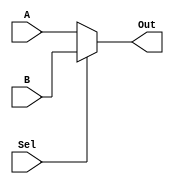
`timescale 1ns / 1ps
//////////////////////////////////////////////////////////////////////////////////
// Company: 
// Engineer: 
// 
// Design Name: 
// Module Name:    Mux_2_1 
// Project Name: 
// Target Devices: 
// Tool versions: 
// Description: 
//
// Dependencies: 
//
// Revision: 
// Revision 0.01 - File Created
// Additional Comments: 
//
//////////////////////////////////////////////////////////////////////////////////
module Mux_2_1(
	input [31:0]A,
	input [31:0]B,
	input Sel,
	output [31:0]Out
    );
	 
	 assign Out = (Sel==0)?{A}:{B};
	 
endmodule